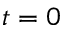
t = 0